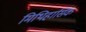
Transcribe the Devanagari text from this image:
मिथिहासिक